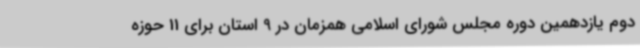
دوم یازدهمین دوره مجلس شورای اسلامی همزمان در 9 استان برای 11 حوزه